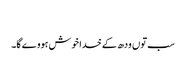
‏
سب توں ودھ کے خدا خوش ہووے گا۔